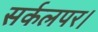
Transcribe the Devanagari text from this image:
सर्कलपर।